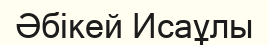
Әбікей Исаұлы